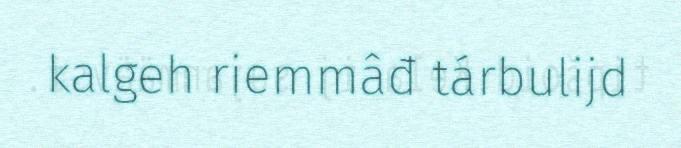
kalgeh riemmâđ tárbulijd